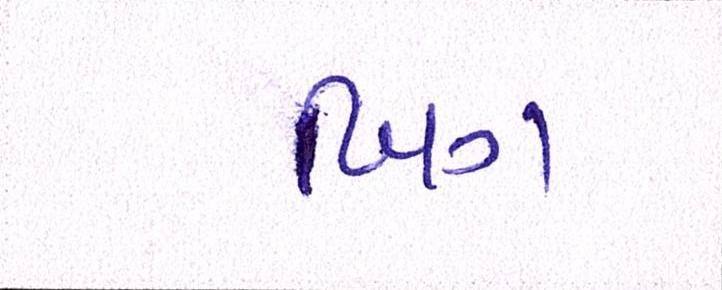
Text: બિગ